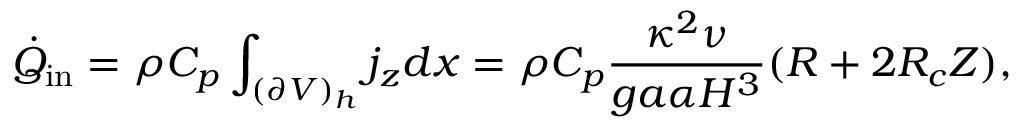
\dot { Q } _ { \mathrm { i n } } = \rho C _ { p } \int _ { ( \partial V ) _ { h } } j _ { z } d x = \rho C _ { p } \frac { \kappa ^ { 2 } \nu } { g a \alpha H ^ { 3 } } ( R + 2 R _ { c } Z ) ,